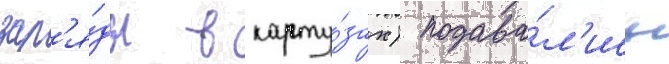
зар'я́ды в карту́зах) подава́л'ись